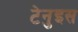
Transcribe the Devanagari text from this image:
टेनुइस